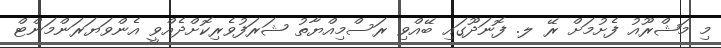
މި މަޝްރޫއު ފެށުމަށް ރޭ ލ. ފޮނަދޫގައި ބޭއްވި ރަސްމިއްޔާތު ޝަރަފުވެރިކޮށްދެއްވީ އެންވަޔަރަންމަންޓް